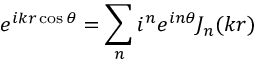
e ^ { i k r \cos \theta } = \sum _ { n } i ^ { n } e ^ { i n \theta } J _ { n } ( k r )